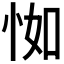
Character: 𢘾